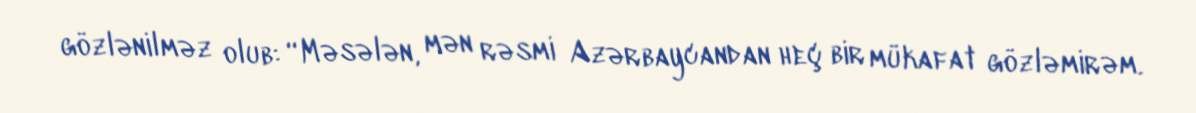
gözlənilməz olub: “Məsələn, mən rəsmi Azərbaycandan heç bir mükafat gözləmirəm.